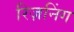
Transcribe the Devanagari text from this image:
रिज़निंग